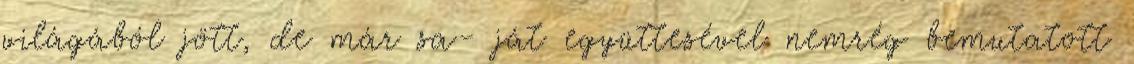
világából jött, de már sa- ját együttesével nemrég bemutatott